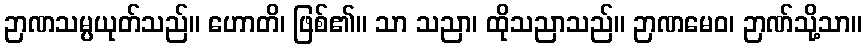
ဉာဏသမ္ပယုတ်သည်။ ဟောတိ၊ ဖြစ်၏။ သာ သညာ၊ ထိုသညာသည်။ ဉာဏမေဝ၊ ဉာဏ်သို့သာ။